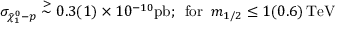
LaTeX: \sigma _ { \tilde { \chi } _ { 1 } ^ { 0 } - p } \stackrel { > } { \sim } 0 . 3 ( 1 ) \times 1 0 ^ { - 1 0 } \mathrm { p b } ; \, \, \, \mathrm { f o r } \, \, \, m _ { 1 / 2 } \leq 1 ( 0 . 6 ) \, \mathrm { T e V }